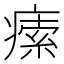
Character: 𤸴